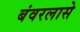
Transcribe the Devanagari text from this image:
बंवरलासे